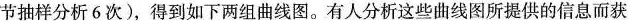
节抽样分析6次)，得到如下两组曲线图。有人分析这些曲线图所提供的信息而获